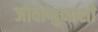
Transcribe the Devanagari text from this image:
जीवाणुनाशी